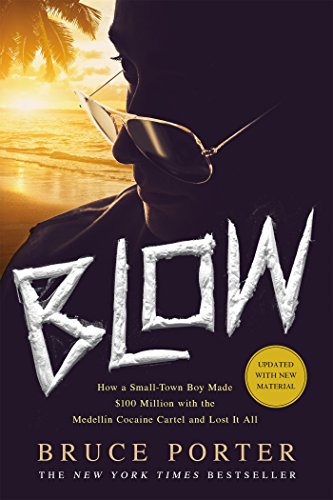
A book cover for BLOW: How a Small-Town Boy Made $100 Million with the MedellÃ­n Cocaine Cartel and Lost It All; Bruce Porter; Biographies & Memoirs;